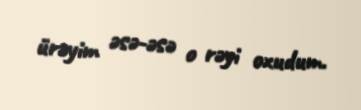
ürəyim əsə-əsə o rəyi oxudum.